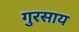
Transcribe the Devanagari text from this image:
गुरसाय